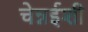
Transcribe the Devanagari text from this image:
चेन्नईशी